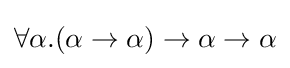
\forall \alpha .(\alpha \rightarrow \alpha )\rightarrow \alpha \rightarrow \alpha